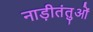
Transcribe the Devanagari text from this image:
नाड़ीतंतुओं